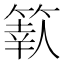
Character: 𥱩